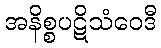
အနိစ္စပဋိသံဝေဒီ